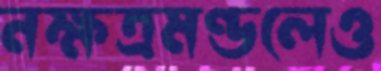
নক্ষত্রমণ্ডলেও